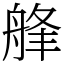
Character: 艂